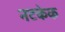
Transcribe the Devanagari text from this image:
नटकेक